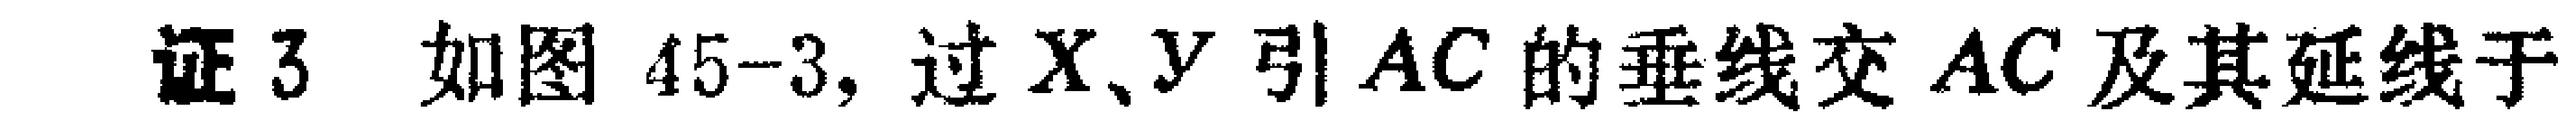
证3 如图45-3, 过\(X、Y\)引\(AC\)的垂线交 \(AC\)及其延线于